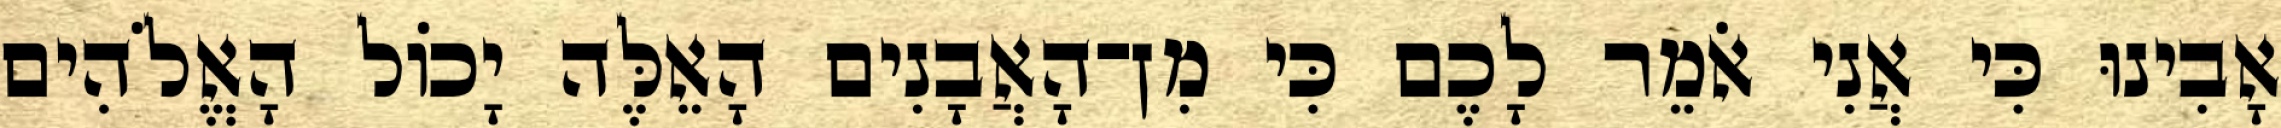
אָבִינוּ כִּי אֲנִי אֹמֵר לָכֶם כִּי מִן־הָאֲבָנִים הָאֵלֶּה יָכוֹל הָאֱלֹהִים